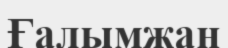
Ғалымжан